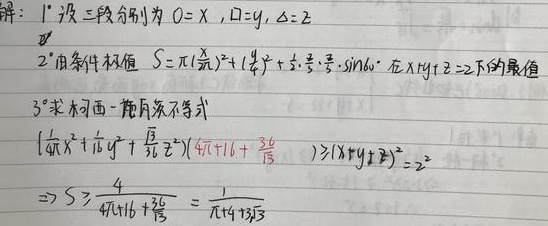
解：
1° 设三段分别为\(\bigcirc=x\)，\(\square =y\)，\(\triangle=z\)。
2° 由条件求值 \(S = \pi(\frac{x}{2\pi})^2+(\frac{y}{4})^2+\frac{1}{2}\cdot\frac{z}{3}\cdot\frac{z}{3}\cdot\sin60^{\circ}\)在\(x + y+z = 2\)下的最值。
3° 求柯西 - 施瓦茨不等式\(\left(\frac{1}{4\pi}x^{2}+\frac{1}{16}y^{2}+\frac{\sqrt{3}}{36}z^{2}\right)\left(4\pi + 16+\frac{36}{\sqrt{3}}\right)\geqslant(x + y + z)^{2}=2^{2}\)
\(\Rightarrow S\geqslant\frac{4}{4\pi+16+\frac{36}{\sqrt{3}}}=\frac{1}{\pi + 4 + 3\sqrt{3}}\)